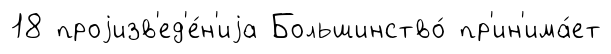
18 проjизв'ед'е́н'иjа Большинство́ пр'ин'има́ет